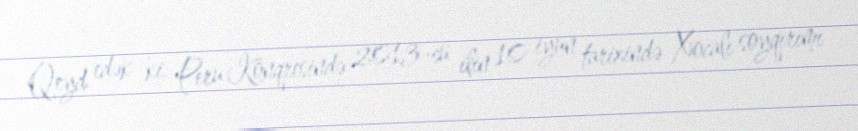
Qeyd edək ki, Peru Konqresində 2013-cü ilin 10 iyun tarixində Xocalı soyqırımı